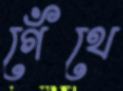
গেঁথে